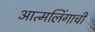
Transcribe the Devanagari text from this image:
आत्मलिंगाची